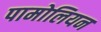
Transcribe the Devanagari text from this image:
पामोलियन